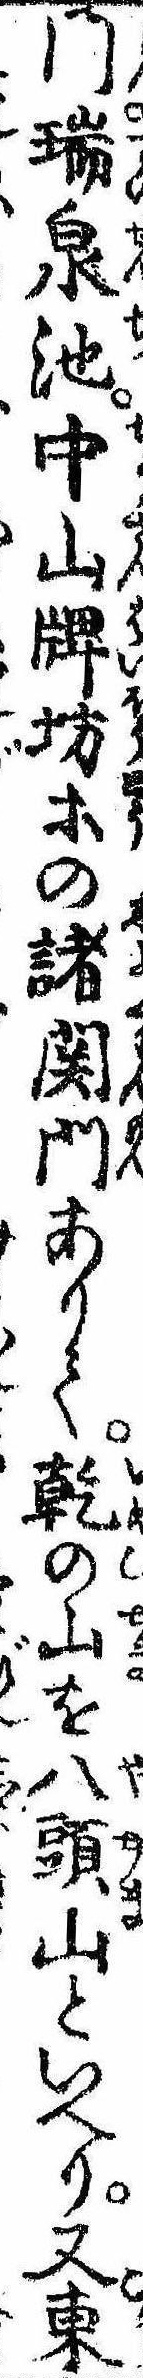
門瑞泉池中山牌坊等の諸関門ありて乾の山を八頭山といへり又東